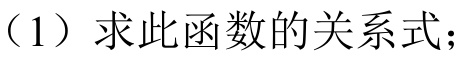
（1）求此函数的关系式；